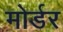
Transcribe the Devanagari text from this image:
मोर्डर